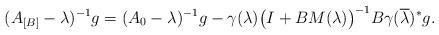
LaTeX: \begin{align*} (A_{[B]}-\lambda)^{-1}g=(A_0-\lambda)^{-1}g-\gamma(\lambda)\bigl(I+BM(\lambda)\bigr)^{-1}B\gamma(\overline\lambda)^*g. \end{align*}